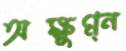
অক্ষুণ্ন্ন